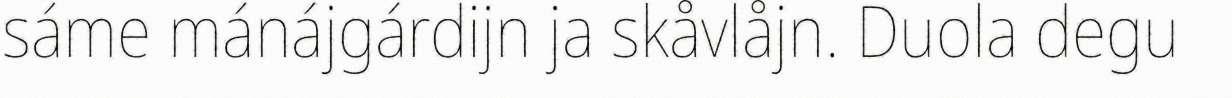
sáme mánájgárdijn ja skåvlåjn. Duola degu